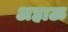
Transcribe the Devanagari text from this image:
अहाऊ